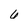
Character: 6